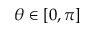
\theta \in [ 0 , \pi ]